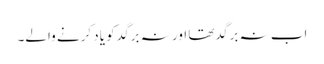
اب نہ برگد تھا اور نہ برگد کو یاد کرنے والے۔